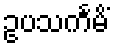
ဥပသင်္ကမိံ